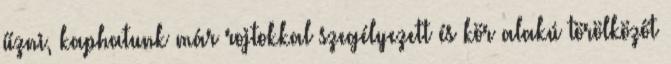
űzni, kaphatunk már rojtokkal szegélyezett és kör alakú törölközőt